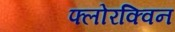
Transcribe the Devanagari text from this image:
फ्लोरक्विन